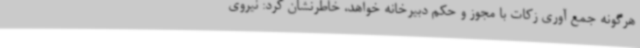
هرگونه جمع آوری زکات با مجوز و حکم دبیرخانه خواهد، خاطرنشان کرد: نیروی